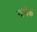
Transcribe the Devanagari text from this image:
गमिक